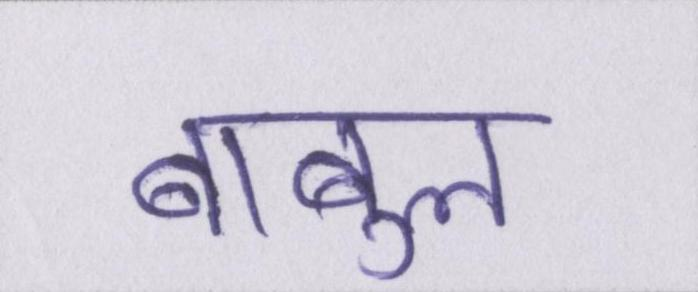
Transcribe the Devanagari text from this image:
बाबुल